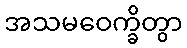
အသမဝေက္ခိတွာ